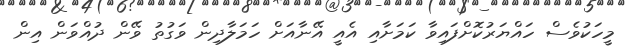
މީހަކުވެސް ހައްޔަރުކޮށްފައިވާ ކަމަށާއި އެއީ އޭނާއަށް ހަމަލާދިން ވަގުތު ވޭން ދުއްވަން އިން